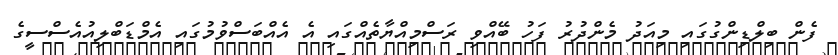
ފެން ބިލްޑިންގުގައި މިއަދު މެންދުރު ފަހު ބޭއްވި ރަސްމިއްޔާތެއްގައި އެ އެއްބަސްވުމުގައި އެމްޑަބްލިއުއެސްސީގެ